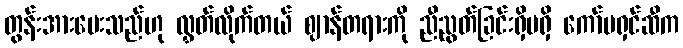
တွန်းအားပေးသည်ဟု လွှတ်လိုက်တယ် ဈာန်တရားကို ညီညွတ်ခြင်းရှိမရှိ ကော်မရှင်ဆီက